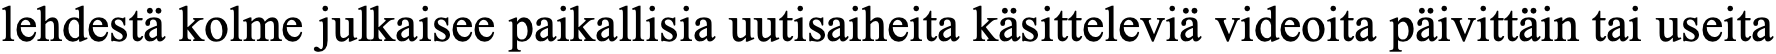
lehdestä kolme julkaisee paikallisia uutisaiheita käsitteleviä videoita päivittäin tai useita